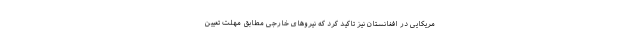
مریکایی در افغانستان نیز تاکید کرد که نیروهای خارجی مطابق مهلت تعیین